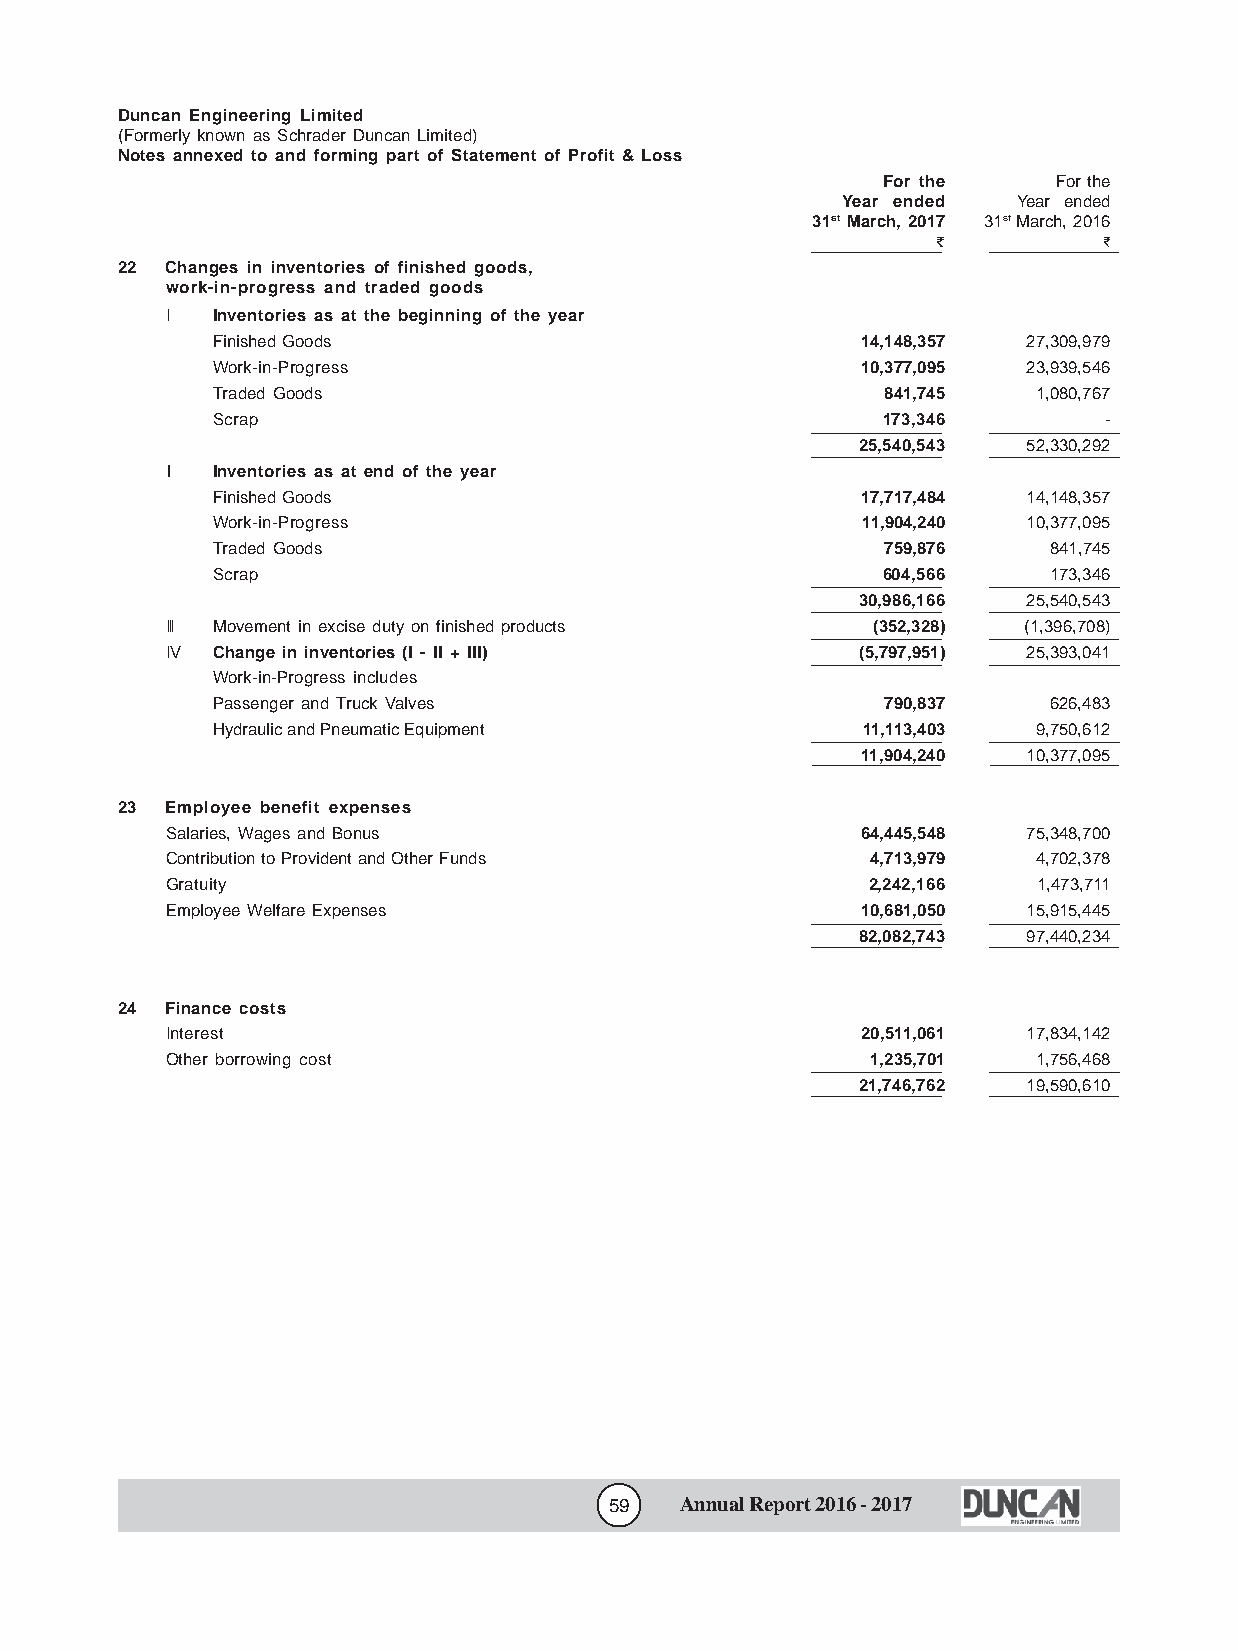
Duncan Engineering Limited
 (Formerly known as Schrader Duncan Limited)
 Notes annexed to and forming part of Statement of Profit & Loss
 For the     For the
 Year ended Year ended
 31st March, 2017 31st March, 2016
 f          f
 22 Changes in inventories of finished goods,
 work-in-progress and traded goods
 I  Inventories as at the beginning of the year
 Finished Goods                             14,148,357 27,309,979
 Work-in-Progress                           10,377,095 23,939,546
 Traded Goods                                 841,745   1,080,767
 Scrap                                       173,346        -
 25,540,543 52,330,292
 II Inventories as at end of the year
 Finished Goods                             17,717,484 14,148,357
 Work-in-Progress                           11,904,240 10,377,095
 Traded Goods                                 759,876   841,745
 Scrap                                       604,566    173,346
 30,986,166 25,540,543
 III Movement in excise duty on finished products (352,328) (1,396,708)
 IV Change in inventories (I - II + III)       (5,797,951) 25,393,041
 Work-in-Progress includes
 Passenger and Truck Valves                   790,837   626,483
 Hydraulic and Pneumatic Equipment          11,113,403  9,750,612
 11,904,240 10,377,095
 23 Employee benefit expenses
 Salaries, Wages and Bonus                     64,445,548 75,348,700
 Contribution to Provident and Other Funds      4,713,979  4,702,378
 Gratuity                                      2,242,166   1,473,711
 Employee Welfare Expenses                     10,681,050 15,915,445
 82,082,743 97,440,234
 24 Finance costs
 Interest                                      20,511,061 17,834,142
 Other borrowing cost                           1,235,701  1,756,468
 21,746,762 19,590,610
 59   Annual Report 2016 - 2017